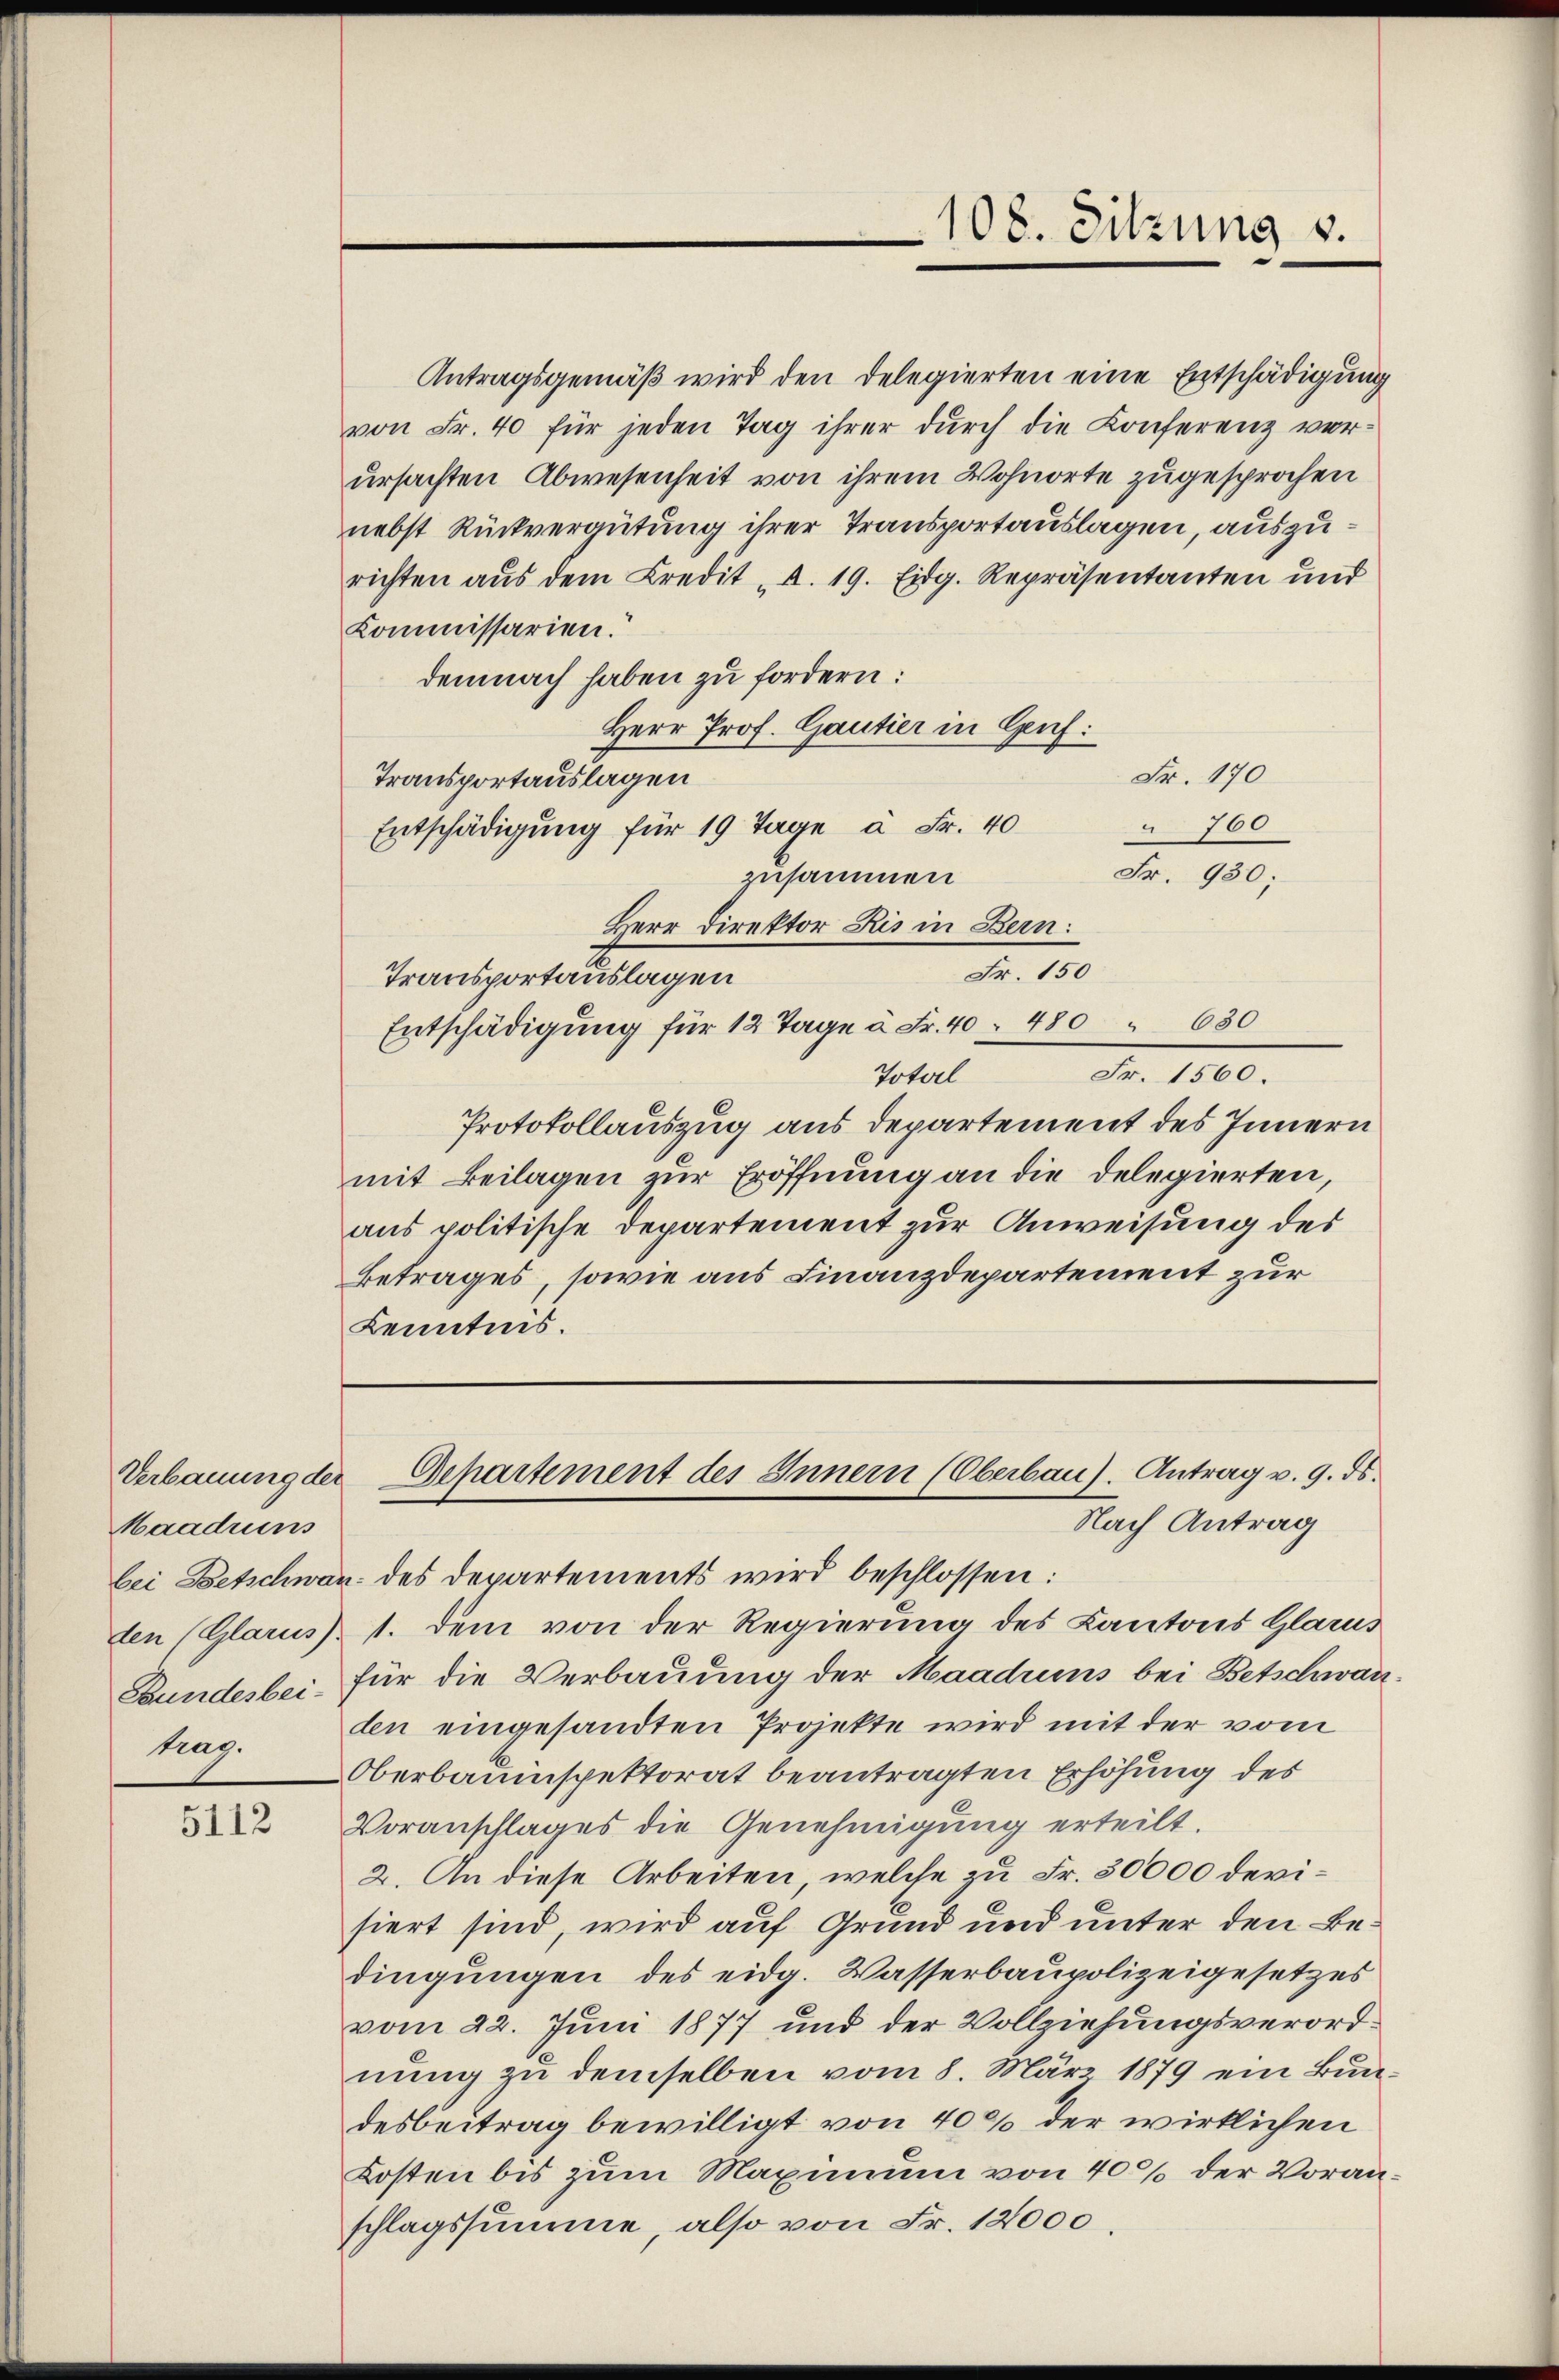
Maadriens

5112

Antragsgemäß wird den Delegierten eine Entschädigung
von Fr. 40 für jeden Tag ihrer dŭrch die Conferenz verursachten Abwesenheit von ihrem Wohnorte zugesprochen
nebst Rückvergütung ihrer Transportauslagen, auszurichten aus dem Credit d. 19. Eidg. Repräsentanten und
Kommissarien.
demnach haben zu fordern:
Herr Prof. Gautier in Gruf:
Fr. 170
Transportauslagen
760
Entschädigung für 19 Tage à Fr. 40
Fr. 930;
zusammen
Herr Direktor Ris in Bern:
Fr. 150
Transportauslagen
Entschädigung für 12 Tage à Fr. 40. 480 " 630
Fr. 1800.
Total
Protokollauszug aus Departement des Innern
mit Beilagen zur Eröffnung an die delegierten,
aus politische Departement zur Anweisung des
Betrages, sowie aus Finanzdepartement zur
Kenntnis.

bei Betschwan des Departements wird beschlossen:
den (Glarus 1. dem von der Regierung des Kantons Glarus
Bundesbei- für die Verbauung der Maadiis bei Betschwarz
trag. Den eingesandten Projekte wird mit der vom
Oberbauinspektorat beantragten Erhöhung des
Voranschlages die Genehmigung erteilt.
2. An diese Arbeiten, welche zu Fr. 30000 devisiert sind, wird auf Grund und unter den Bedingungen des eidg. Wasserbaupolizeigesetzes
vom 22. Juni 1877 und der Vollziehungsverordnung zu demselben vom 8. März 1879 ein Bundesbeitrag bewilligt von 40% der wirklichen
Kosten bis zum Maximum von 40% der Voranschlagssumme, also von Fr. 12000

108. Sitzung v.

Verbauung der Departement des Innern (Oberbau). Antrag v. 9. ds.
Nach Antrag